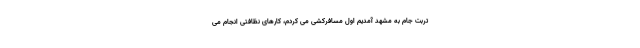
تربت جام به مشهد آمدیم اول مسافرکشی می کردم، کارهای نظافتی انجام می